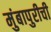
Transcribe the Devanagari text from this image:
मुंबापुरीची